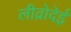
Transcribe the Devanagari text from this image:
लीव्रोदेई